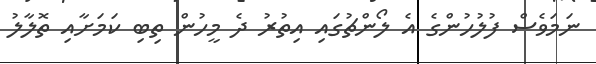
ނަމަވެސް ފުލުހުންގެ އެ ލޯންޗުގައި އިތުރު ދެ މީހުން ތިބި ކަމަށާއި ތޮލާލު